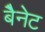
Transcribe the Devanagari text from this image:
बैेनेट